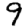
Digit: 9